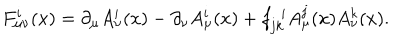
LaTeX: F _ { \mu \nu } ^ { i } ( x ) = \partial _ { \mu } A _ { \nu } ^ { i } ( x ) - \partial _ { \nu } A _ { \mu } ^ { i } ( x ) + f _ { j k } ^ { \, \, \, i } A _ { \mu } ^ { j } ( x ) A _ { \nu } ^ { k } ( x ) .